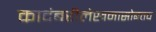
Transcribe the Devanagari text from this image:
कादंबरीलेखनासोबतच